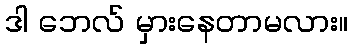
ဒါ ဘေလ် မှားနေတာမလား။